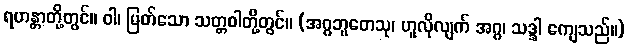
ရဟန္တာတို့တွင်။ ဝါ၊ မြတ်သော သတ္တဝါတို့တွင်။ (အဂ္ဂဘူတေသု၊ ဟူလိုလျက် အဂ္ဂ၊ သဒ္ဒါ ကျေသည်။)